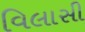
વિલાસી